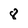
Character: 8